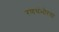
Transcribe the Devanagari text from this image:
रणथंभोरचा